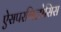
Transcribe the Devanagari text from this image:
ऐसपरगिलोसिस